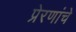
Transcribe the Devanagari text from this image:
प्रेरणांचे